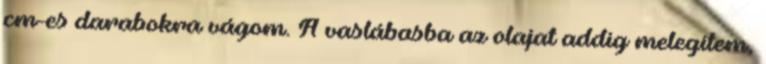
cm-es darabokra vágom. A vaslábasba az olajat addig melegítem,